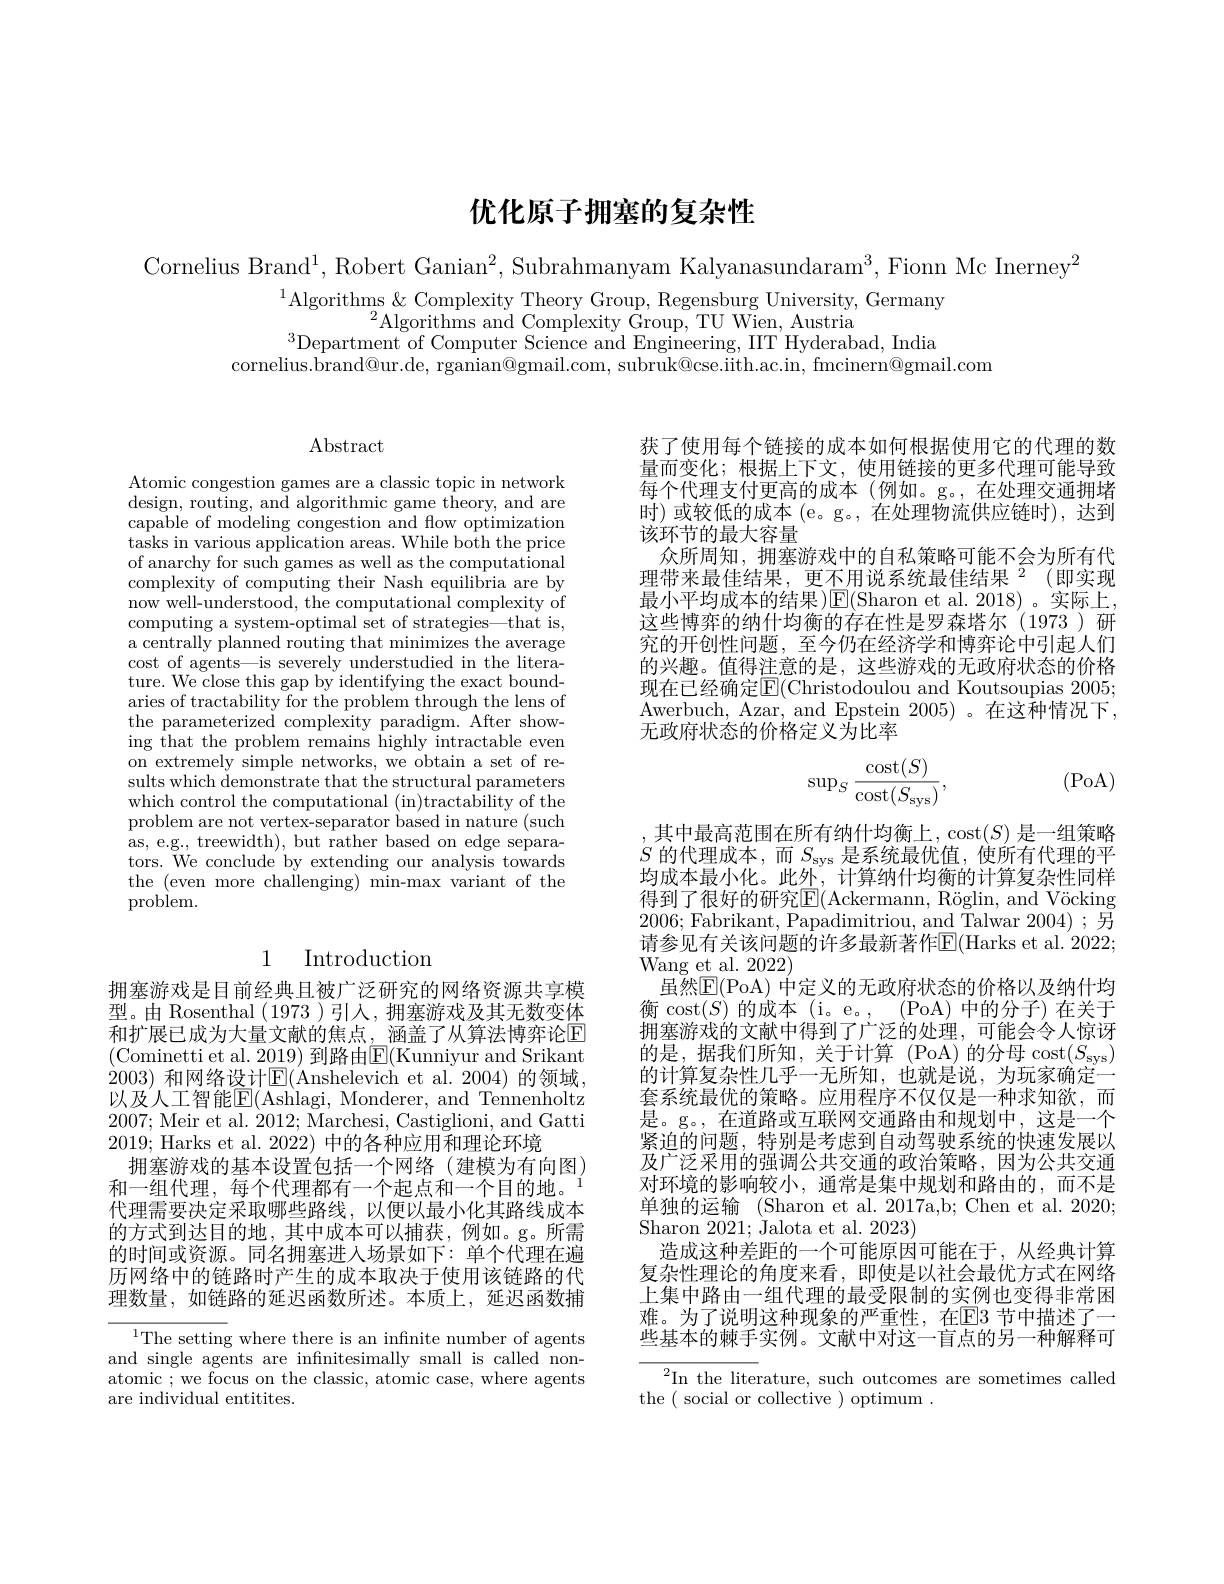
# 优化原子拥塞的复杂性

Cornelius Brand$^1$, Robert Ganian$^2$, Subrahmanyam Kalyanasundaram$^3$,Fionn Mc Inerney$^2$

$^{1}$Algorithms & Complexity Theory Group, Regensburg University, Germany
$^{2}\bar{\mathrm{Algorithms~and~Complexity~Group,~TU~Wien,~Austria}}$
$^{3}$Department of Computer Science and Engineering, IIT Hyderabad, India
cornelius.brand@ur.de, rganian@gmail.com, subruk@cse.iith.ac.in, fmcinern@gmail.com

$\operatorname{Abstract}$

Atomic congestion games are a classic topic in network design, routing, and algorithmic game theory, and are capable of modeling congestion and flow optimization tasks in various application areas. While both the price of anarchy for such games as well as the computational complexity of computing their Nash equilibria are by now well-understood, the computational complexity of computing a system-optimal set of strategies—that is, a centrally planned routing that minimizes the average cost of agents—is severely understudied in the literature. We close this gap by identifying the exact boundaries of tractability for the problem through the lens of the parameterized complexity paradigm. After showing that the problem remains highly intractable even on extremely simple networks, we obtain a set of results which demonstrate that the structural parameters which control the computational (in)tractability of the problem are not vertex-separator based in nature (such as, e.g., treewidth), but rather based on edge separators. We conclude by extending our analysis towards the (even more challenging) min-max variant of the problem.

## 1 Introduction

拥塞游戏是目前经典且被广泛研究的网络资源共享模型。由 Rosenthal (1973 )引人，拥塞游戏及其无数变体和扩展已成为大量文献的焦点，涵盖了从算法博弈论E (Cominetti et al. 2019) 到路由$\boxed{\mathrm{E}}($Kunniyur and Srikant 2003) 和网络设计$\operatorname{E}($Anshelevich et al.2004) 的领域， 以及人工智能$\mathbb{E}($Ashlagi, Monderer, and Tennenholtz 2007; Meir et al. 2012; Marchesi, Castiglioni, and Gatti 2019; Harks et al. 2022) 中的各种应用和理论环境
拥塞游戏的基本设置包括一个网络(建模为有向图)
和一组代理，每个代理都有一个起点和一个目的地。
代理需要决定采取哪些路线，以便以最小化其路线成本的方式到达目的地，其中成本可以捕获，例如。g。所需的时间或资源。同名拥塞进入场景如下：单个代理在遍历网络中的链路时产生的成本取决于使用该链路的代理数量，如链路的延迟函数所述。本质上，延迟函数捕

$^{1}$The setting where there is an infnite number of agents and single agents are infnitesimally small is called nonatomic ; we focus on the classic, atomic case, where agents are individual entitites.

获了使用每个链接的成本如何根据使用它的代理的数量而变化；根据上下文，使用链接的更多代理可能导致每个代理支付更高的成本(例如。g。,在处理交通拥堵时)或较低的成本(e。g。,在处理物流供应链时),达到该环节的最大容量
众所周知，拥塞游戏中的自私策略可能不会为所有代理带来最佳结果，更不用说系统最佳结果$^2$(即实现最小平均成本的结果)$\operatorname{E}($Sharon et al. 2018)。实际上， 这些博弈的纳什均衡的存在性是罗森塔尔(1973)研究的开创性问题，至今仍在经济学和博弈论中引起人们的兴趣。值得注意的是，这些游戏的无政府状态的价格现在已经确定$\mathbb{E}($Christodoulou and Koutsoupias 2005; Awerbuch, Azar, and Epstein 2005)。在这种情况下， 无政府状态的价格定义为比率

(PoA)
$$\sup_{S}\frac{\operatorname{cost}(S)}{\operatorname{cost}(S_{\operatorname{sys}})},$$
,其中最高范围在所有纳什均衡上，cost$(S)$ 是一组策略$S$的代理成本，而$S_\mathrm{sys}$是系统最优值，使所有代理的平均成本最小化。此外，计算纳什均衡的计算复杂性同样得到了很好的研究E$( Ackermann, R\" oglin, and V\" {o}cking$ 2006; Fabrikant, Papadimitriou, and Talwar 2004);另请参见有关该问题的许多最新著作$\overline{\mathrm{E}}($Harks et al. 2022; Wang et al. 2022)
虽然$\overline{\mathrm{E}}($PoA) 中定义的无政府状态的价格以及纳什均衡 cost$(S)$的成本 (i。e。, (PoA)中的分子)在关于拥塞游戏的文献中得到了广泛的处理，可能会令人惊讶的是，据我们所知，关于计算(PoA)的分母$\operatorname{cost}(S_\mathrm{sys})$ 的计算复杂性几乎一无所知，也就是说，为玩家确定一套系统最优的策略。应用程序不仅仅是一种求知欲，而是。g。,在道路或互联网交通路由和规划中，这是一个紧迫的问题，特别是考虑到自动驾驶系统的快速发展以及广泛采用的强调公共交通的政治策略，因为公共交通对环境的影响较小，通常是集中规划和路由的，而不是单独的运输 (Sharon et al. 2017a,b; Chen et al. 2020; Sharon 2021; Jalota et al. 2023)
造成这种差距的一个可能原因可能在于，从经典计算复杂性理论的角度来看，即使是以社会最优方式在网络上集中路由一组代理的最受限制的实例也变得非常困难。为了说明这种现象的严重性，在$\overline{\mathrm{E}}$3 节中描述了一些基本的棘手实例。文献中对这一盲点的另一种解释可

$^{2}$In the literature, such outcomes are sometimes called
the ( social or collective ) optimum .